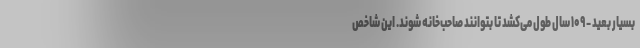
بسیار بعید - ۱۰۹ سال طول می‌کشد تا بتوانند صاحب‌خانه شوند. این شاخص